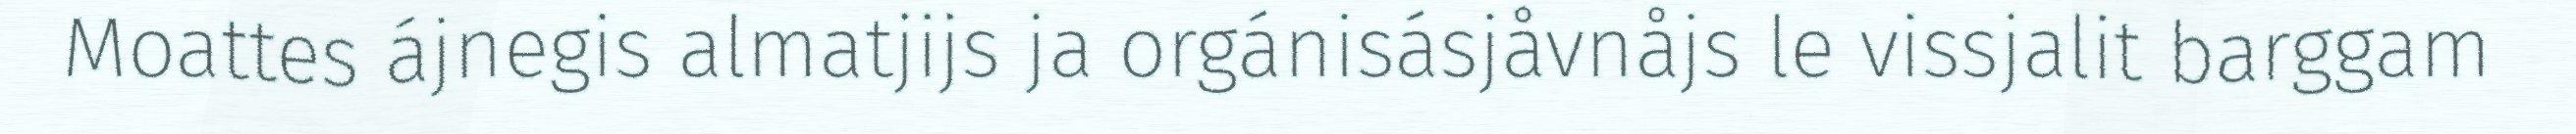
Moattes ájnegis almatjijs ja orgánisásjåvnåjs le vissjalit barggam